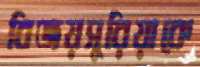
বিজয়সুরিয়াকে